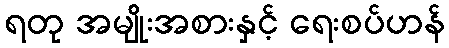
ရတု အမျိုးအစားနှင့် ရေးစပ်ဟန်